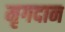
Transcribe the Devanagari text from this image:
मृगदान